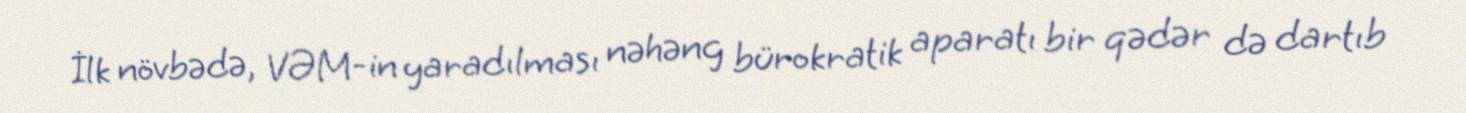
İlk növbədə, VƏM-in yaradılması nəhəng bürokratik aparatı bir qədər də dartıb